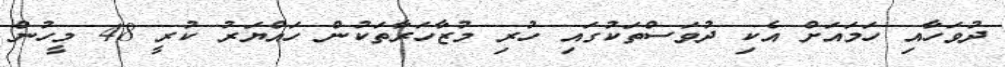
ދުވަހާއި ހަމައަށް އެކި ދުވަސްތަކުގައި ހުރި މުޒާހަރާތަކުން ހައްޔަރު ކުރީ 48 މީހުން